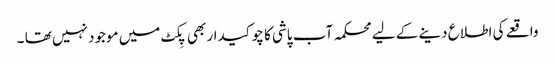
واقعے کی اطلاع دینے کے لیے محکمہ آب پاشی کا چوکیدار بھی پِکٹ میں موجود نہیں تھا ۔